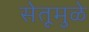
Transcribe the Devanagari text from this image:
सेतूमुळे